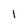
Character: 1